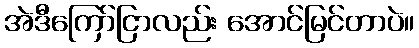
အဲဒီကြော်ငြာလည်း အောင်မြင်တာပဲ။